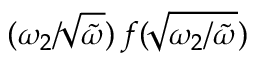
( \omega _ { 2 } / \! \sqrt { \tilde { \omega } } ) \, f ( \! \sqrt { \omega _ { 2 } / \tilde { \omega } } )